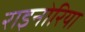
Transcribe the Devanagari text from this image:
राइनोरिया